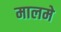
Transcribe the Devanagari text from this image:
मालमे